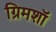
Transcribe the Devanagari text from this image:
ग्रिमशॉ